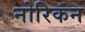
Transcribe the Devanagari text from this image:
नोरिकन